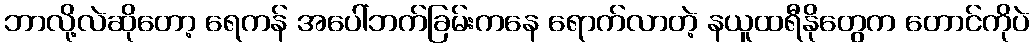
ဘာလို့လဲဆိုတော့ ရေကန် အပေါ်ဘက်ခြမ်းကနေ ရောက်လာတဲ့ နယူထရီနိုတွေက တောင်ကိုပဲ